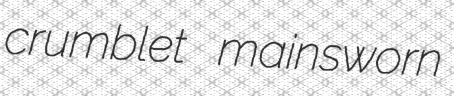
crumblet mainsworn